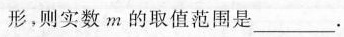
形，则实数m的取值范围是___。